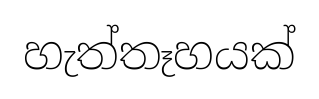
හැත්තෑහයක්